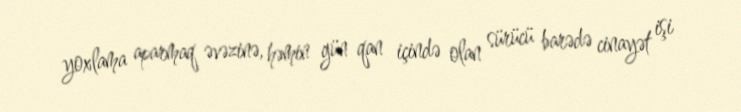
yoxlama aparmaq əvəzinə, həmin gün qan içində olan sürücü barədə cinayət işi